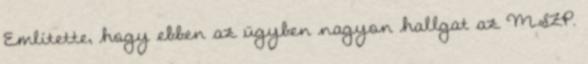
Említette, hogy ebben az ügyben nagyon hallgat az MSZP.